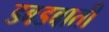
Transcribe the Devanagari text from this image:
डबडबाती